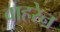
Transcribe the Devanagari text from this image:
वाहरेन